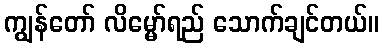
ကျွန်တော် လိမ္မော်ရည် သောက်ချင်တယ်။